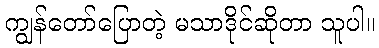
ကျွန်တော်ပြောတဲ့ မသာဒိုင်ဆိုတာ သူပါ။